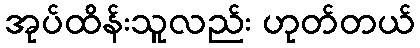
အုပ်ထိန်းသူလည်း ဟုတ်တယ်